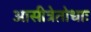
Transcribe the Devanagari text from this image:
आसीत्रेतोधाः